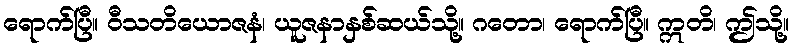
ရောက်ပြီ။ ဝီသတိယောဇနံ၊ ယူဇနာနှစ်ဆယ်သို့။ ဂတော၊ ရောက်ပြီ။ ဣတိ၊ ဤသို့။